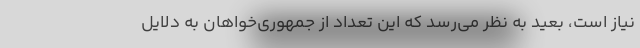
نیاز است، بعید به نظر می‌رسد که این تعداد از جمهوری‌خواهان به دلایل